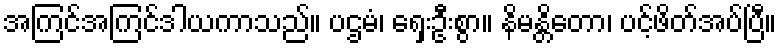
အကြင်အကြင်ဒါယကာသည်။ ပဌမံ၊ ရှေးဦးစွာ။ နိမန္တိတော၊ ပင့်ဖိတ်အပ်ပြီ။